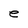
Character: e